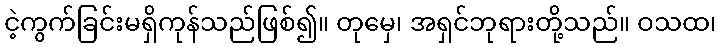
ငဲ့ကွက်ခြင်းမရှိကုန်သည်ဖြစ်၍။ တုမှေ၊ အရှင်ဘုရားတို့သည်။ ဝသထ၊